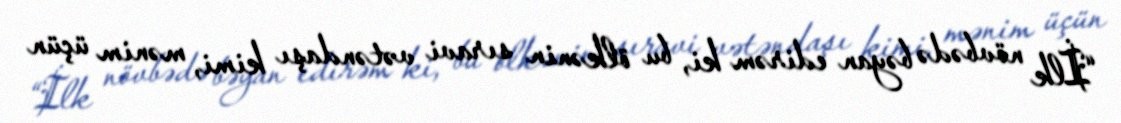
“İlk növbədə bəyan edirəm ki, bu ölkənin sıravi vətəndaşı kimi, mənim üçün